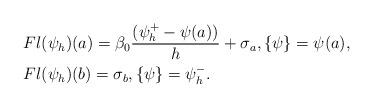
LaTeX: \begin{align*}& Fl(\psi_h)(a) =\beta_0\frac{(\psi_{h}^+ - \psi(a))}{h}+\sigma_a, \{\psi\}=\psi(a),\\&Fl(\psi_h)(b) =\sigma_b, \{\psi\}=\psi_h^-.\end{align*}